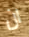
ان